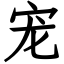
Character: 宠